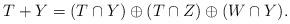
LaTeX: \begin{align*} T + Y = (T \cap Y) \oplus (T \cap Z)\oplus (W \cap Y).\end{align*}